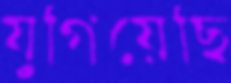
যুগিয়েছি